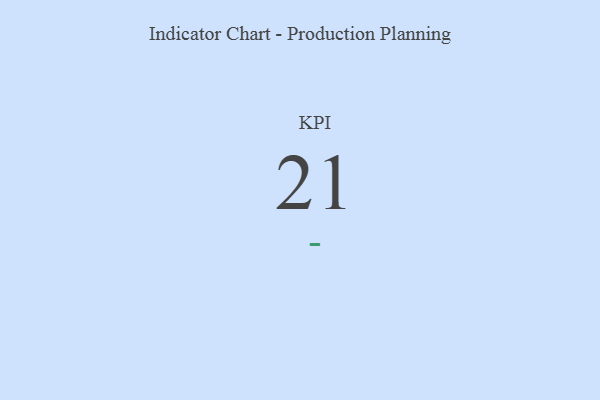
{"axis": {"x": "KPI", "y": "Value"}, "legend": [""], "data": [{"x": "KPI", "y": 21, "type": ""}]}